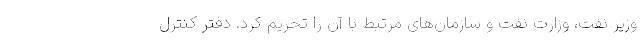
وزیر نفت، وزارت نفت و سازمان‌های مرتبط با آن را تحریم کرد. دفتر کنترل